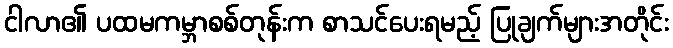
ငါလာ၏ ပထမကမ္ဘာစစ်တုန်းက စာသင်ပေးရမည့် ပြုချက်များအတိုင်း